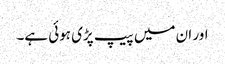
اور ان میں پیپ پڑی ہوئی ہے۔